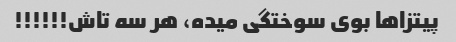
پیتزاها بوی سوختگی میده، هر سه تاش!!!!!!